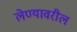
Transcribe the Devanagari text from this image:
लेण्यावरील